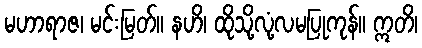
မဟာရာဇ၊ မင်းမြတ်။ နဟိ၊ ထိုသို့လုံ့လမပြုကုန်။ ဣတိ၊